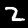
Digit: 2